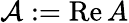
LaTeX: \mathcal{A}:=\operatorname{Re}A